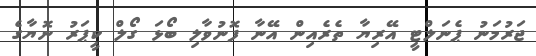
ޖަރުމަނު ޕެނަލްޓީ އޭރިޔާ ތެރެއިން އޭނާ ފޮނުވާލި ބޯޅަ ގޯލް ކީޕަރު ނޮޔާގެ